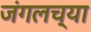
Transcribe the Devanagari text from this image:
जंगलच्या